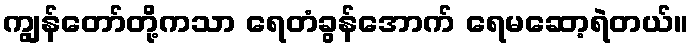
ကျွန်တော်တို့ကသာ ရေတံခွန်အောက် ရေမဆော့ရဲတယ်။